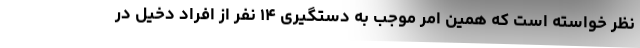
نظر خواسته است که همین امر موجب به دستگیری ۱۴ نفر از افراد دخیل در